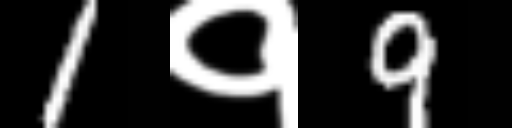
Text: 1१9